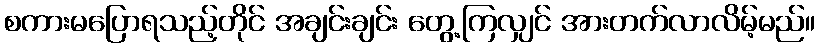
စကားမပြောရသည့်တိုင် အချင်းချင်း တွေ့ကြလျှင် အားတက်လာလိမ့်မည်။